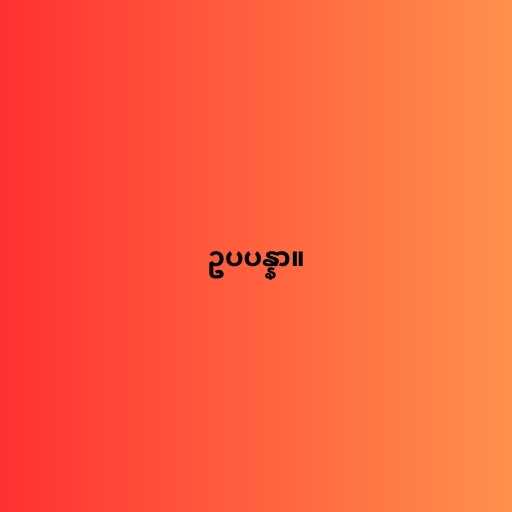
ဥပပန္နာ။